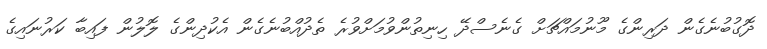
ދޮގުބުނެގެން ދަރިންގެ މޫނުމައްޗަށް ގެނެސްދޭ ހިނިތުންވުމަށްވުރެ ތެދުއްބުނެގެން އެކުދިންގެ ލޮލުން ފައިބާ ކަރުނައިގެ